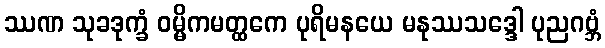
ဿဏ သုခဒုက္ခံ ဝမ္မိကမတ္ထကေ ပုရိမနယေ မနုဿသဒ္ဒေါ ပုညဂဗ္ဘံ